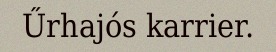
Űrhajós karrier.